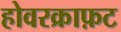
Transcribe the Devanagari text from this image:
होवरक्राफ़ट